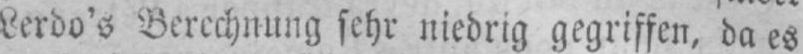
Lerdo’s Berechnung sehr niedrig gegriffen, da es